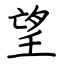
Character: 望